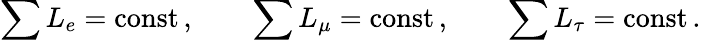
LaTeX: \sum{L_{e}}=\mathrm{const}\, ,\qquad\sum{L_{\mu}}=\mathrm{const}\, ,\qquad\sum{L_{\tau}}=\mathrm{const}\, .